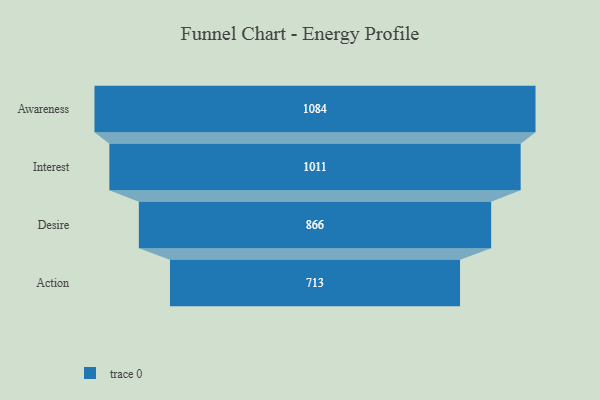
{"axis": {"x": "Stage", "y": "Value"}, "legend": [""], "data": [{"x": "Awareness", "y": 1084.0, "type": ""}, {"x": "Interest", "y": 1011.0, "type": ""}, {"x": "Desire", "y": 866.0, "type": ""}, {"x": "Action", "y": 713.0, "type": ""}]}